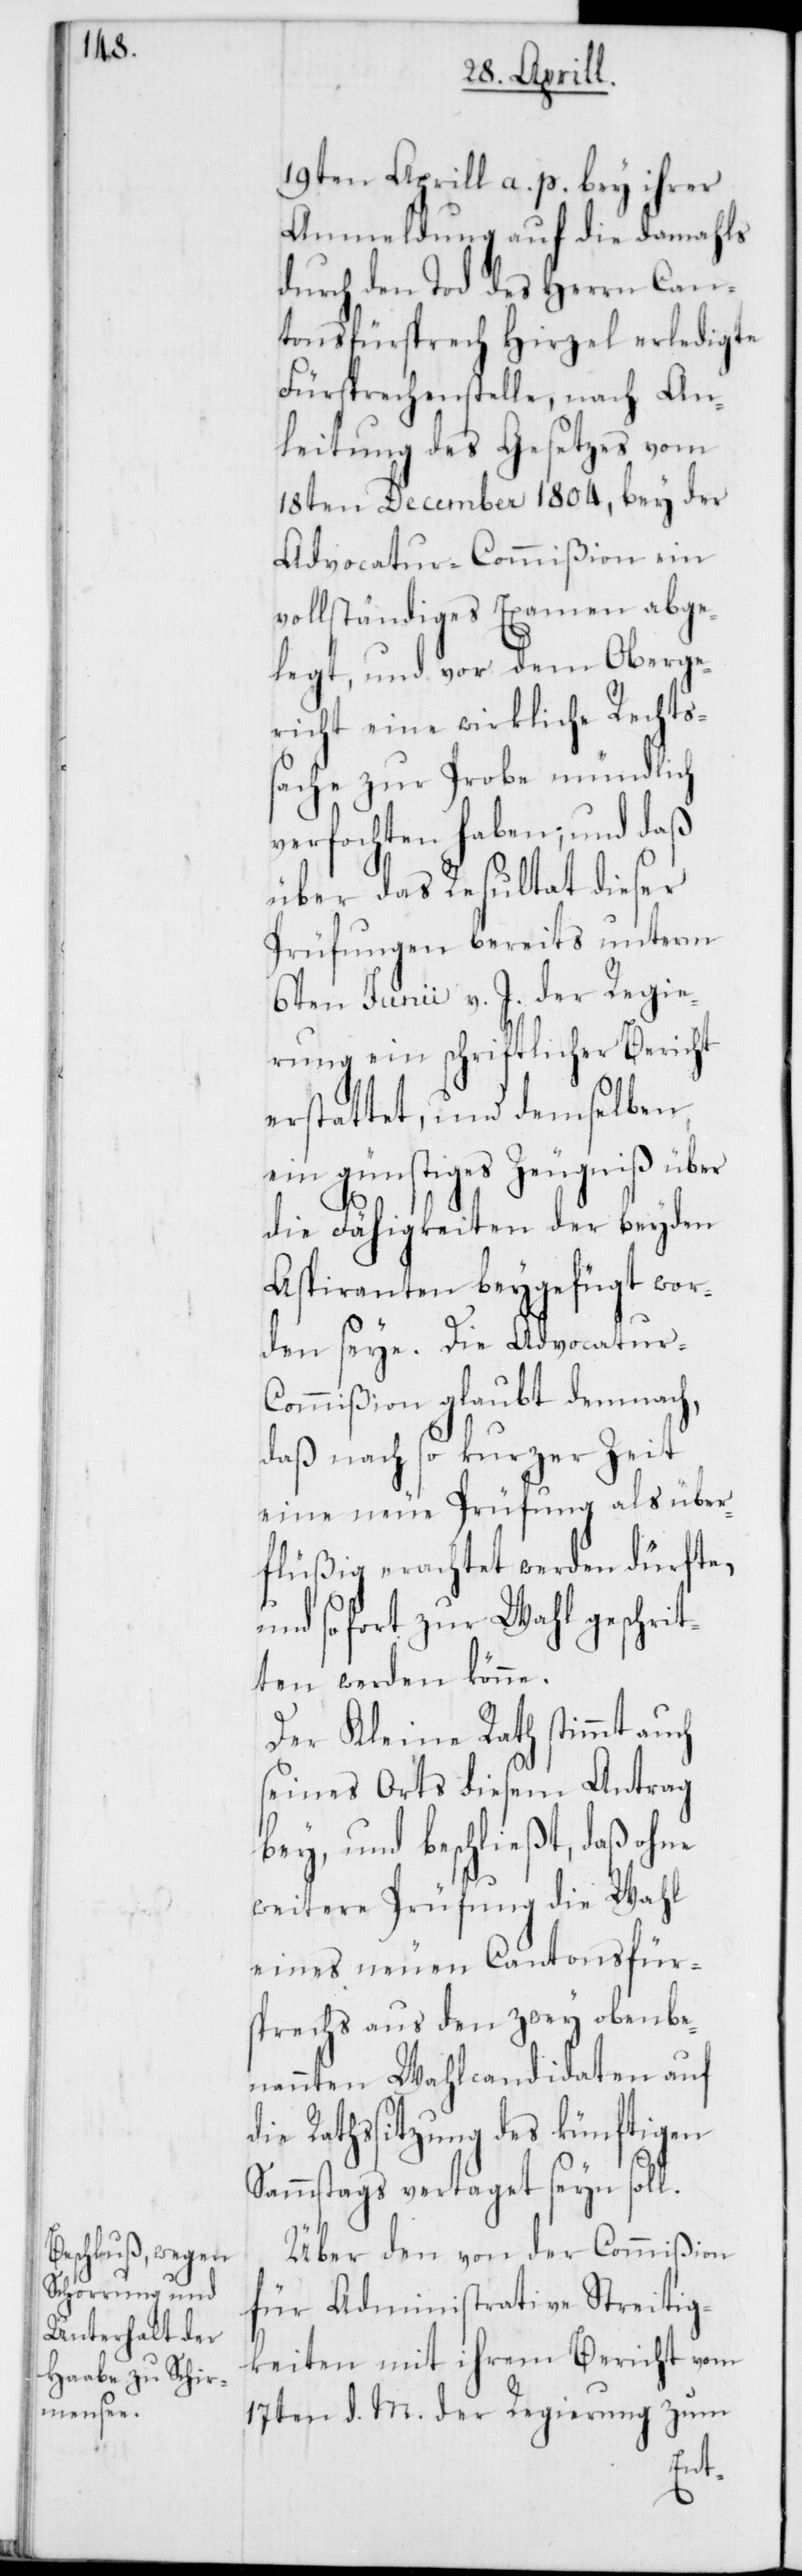
19ten Aprill a. p. bey ihrer
Anmeldung auf die damahls
durch den Tod des Herrn Can¬
tonsfürsprech Hirzel erledigte
Fürsprechenstelle, nach An¬
leitung des Gesetzes vom
18ten December 1804, bey der
Advocatur-Commißion ein
vollständiges Examen abge¬
legt, und vor dem Oberge¬
richt eine wirkliche Rechts¬
sache zur Probe mündlich
verfochten haben; und daß
über das Resultat dieser
Prüfungen bereits unterm
6ten Junii v. J. der Regie¬
rung ein schriftlicher Bericht
erstattet, und demselben
ein günstiges Zeugniß über
die Fähigkeiten der beyden
Aspiranten beygefügt wor¬
den seye. Die Advocatur-C¬
ommißion glaubt demnach,
daß nach so kurzer Zeit
eine neue Prüfung als über¬
flüßig erachtet werden dürfte,
und sofort zur Wahl geschrit¬
ten werden könne.
Der Kleine Rath stimmt auch
seines Orts diesem Antrag
bey, und beschließt, daß ohne
weitere Prüfung die Wahl
eines neuen Cantonsfür¬
sprechs aus den zwey oben be¬
nannten Wahlcandidaten auf
ie Rathssitzung des künftigen
Sammstags vertaget seyn soll.
Über den von der Commißion
für Administrative Streitig¬
keiten mit ihrem Bericht vom
17ten d. M. der Regierung zum
d¬